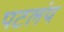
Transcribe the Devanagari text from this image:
पटलंय